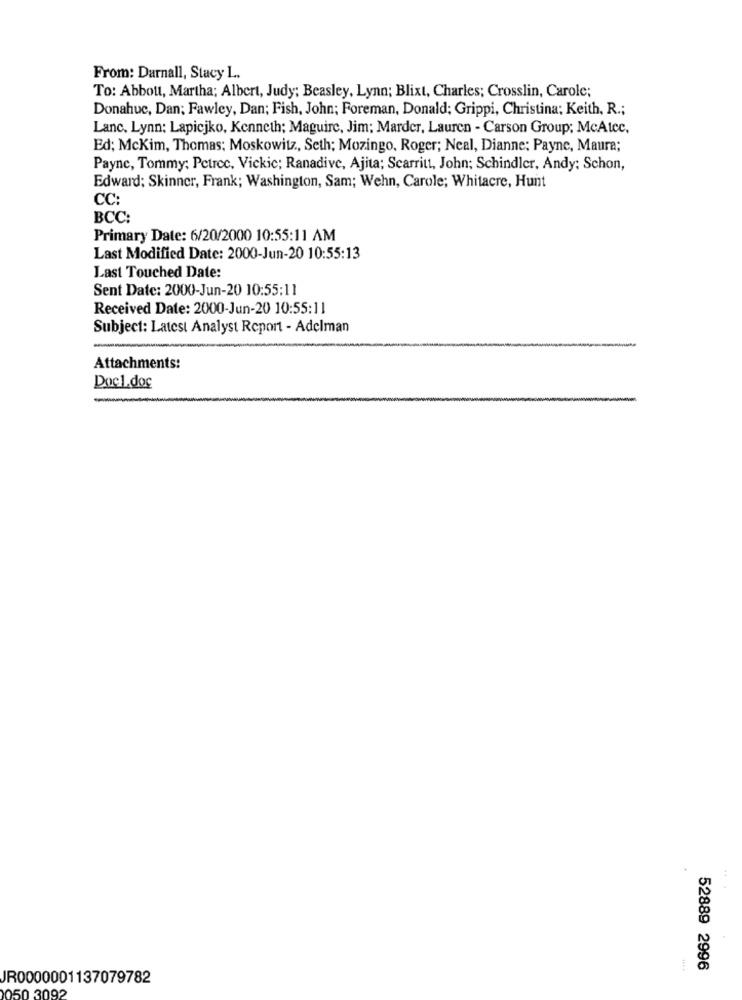
From: Darnall, Stacy L.
To: Abbott, Martha; Albert, Judy; Beasley, Lynn; Blixt, Charles; Crosslin, Carole;
Donahue, Dan; Fawley, Dan; Fish, John; Foreman, Donald; Grippi, Christina; Keith, R .;
Lanc, Lynn; Lapicjko, Kenneth; Maguire, Jim; Marder, Lauren - Carson Group; McAtec.
Ed; McKim, Thomas; Moskowitz, Seth; Mozingo, Roger; Neal, Dianne; Payne, Maura;
Payne, Tommy: Petrcc, Vickic; Ranadive, Ajita; Scarritt, John; Schindler, Andy: Schon,
Edward; Skinner, Frank; Washington, Sam; Wehn, Carole; Whitacre, Hunt
CC:
BCC:
Primary Date: 6/20/2000 10:55:11 AM
Last Modified Date: 2000-Jun-20 10:55:13
Last Touched Date:
Sent Date: 2000-Jun-20 10:55:11
Received Date: 2000-Jun-20 10:55:11
Subject: Latest Analyst Report - Adelman
Attachments:
Doc1.doc
52889 2996
JR0000001137079782
50 3092